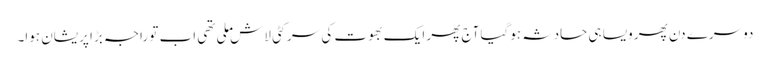
دوسرے دن پھر ویسا ہی حادثہ ہوگیا آج پھر ایک بھوت کی سر کٹی لاش ملی تھی اب تو راجہ بڑا پریشان ہوا۔